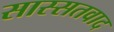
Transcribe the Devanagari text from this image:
सास्सतवाद